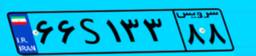
۱۰S۵۱۵۹۰